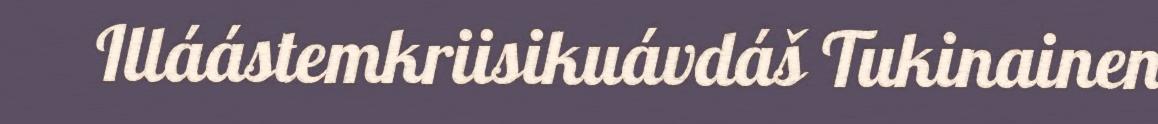
Illáástemkriisikuávdáš Tukinainen